King Institute of Preventive Medicine Bacteriolog. Section reports 1907-08
Year: 1907
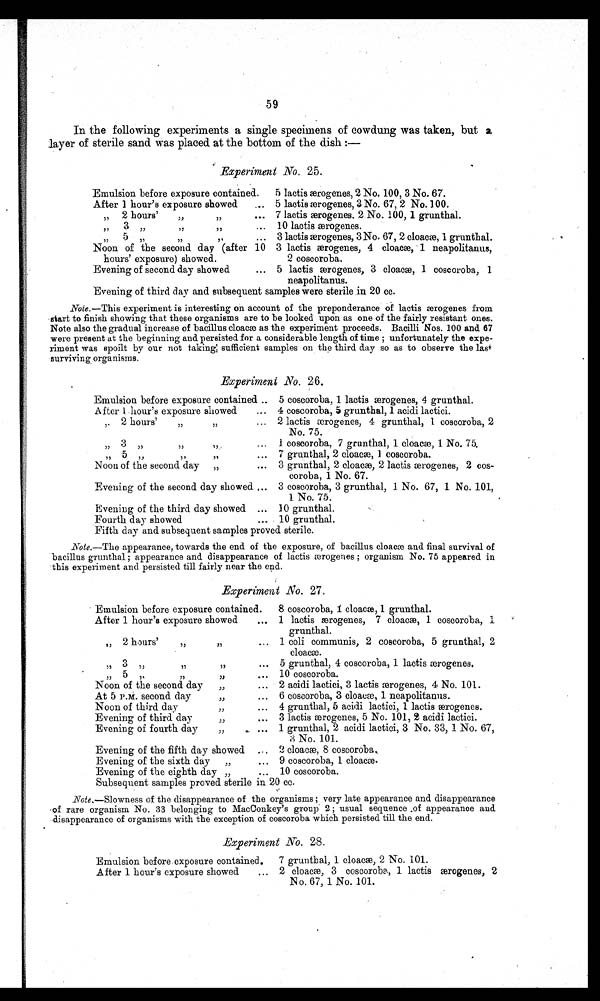
59
In the following experiments a single specimens of cowdung was taken, but a
layer of sterile sand was placed at the bottom of the dish :—
Experiment No. 25.
Emulsion before exposure contained.
5 lactis æærogenes, 2 No. 100, 3 No. 67.
After 1 hour's exposure showed
... 5 lactis ærogenes, 3 No. 67, 2 No.100.
„ 2 hours'
„
... 7 lactis æærogenes. 2 No. 100, 1 grunthal .
. . . 10 lactis æærogenes.
,,
,, ,,
,,
,,
,,
... 3 lactis æwrogenes, 3 No. 67, 2 cloace I grunthal.
Noon of the second day (after 10 3 lactis æærogenes, 4 cloacae, 1 neapolitanus,
hours' exposure) showed.
2 coscoroba.
Evening of second day showed
... 5 lactis ææ, 3 cloacae, 1 coscoroba, 1
neapolitanus.
Evening of third day and subsequent samples were sterile .in 20 cc.
Note.—This experiment is interesting on account of the preponderance of lactis æerogenes from
•start to finish showing that these organisms are to be looked upon as one of the fairly resistant ones.
Note also the gradual increase of bacillus cloacm as the experiment proceeds. Bacilli Nos. 100 and 67
were present at the beginning and persisted for a considerable length of time ; unfortunately the expe-
riment was spoilt by our not taking; sufficient samples on the third day so as to observe the las+
surviving organisms.
Experiment No. 26.
Emulsion before exposure contained .. 5 coscoroba, 1 lactis æaerogenes, 4 grunthal.
After 1 hour's exposure showed
... 4 coscoroba, 5 grunthal, 1 acidi lactici.
, ,
2 hours'
,,
,,
... 2 lactis 4 grungrunthal, 1 coscoroba, 2
No. 75.
.
3
... 1 coscoroba, 7 grunthal, 1 cloacae, 1 No. 75.
,,
,, 5 ,,
,,
,,
... 7 grunthal, 2 cloacae, 1 coscoroba.
.
Noon of the second day „
... 3 grunthal, 2 cloac, 2 lactis æærogenes, 2 cos-
coroba, 1 No. 67.
Evening of the second day showed ... 3 coscoroba, 3 grunthal, 1 No. 67, 1 No. 101,
1
No.
75.
Evening of the third day showed ... 10 grunthal.
Fourth day showed
... 10 grunthal.
Fifth day and subsequent samples proved sterile.
Note.—The appearance, towards the end of the exposure, of bacillus cloacae and final survival of
bacillus grunthal ; appearance and disappearance of lactis æærogenes ; organism No. 75 appeared in
'this experiment and persisted till fairly near the end.
Experiment No. 27.
Emulsion before exposure contained.
8 coscoroba, 1 cloaca, 1 grunthal.
After 1 hour's exposure showed
... 1 lactis æerogenes, 7 cloacw, 1 coscoroba, 1
•
grunthal.
,,
,,
, ,
,, 2 hours' ... 1 coli communis, 2 coscoroba, 5 grunthal, 2
•
cloacae. , ,
3 ,,
, , ,,
...
5 grunthal, 4 coscoroba, 1 lactis æærogenes.
5 „
10 coscoroba.
,,
Noon of the second day
,, ... 2 acidi lactici, 3 lactis æærogenes, 4 No. 101.
At 5 P.M. second day
,,
• . . 6 coscoroba, 3 1 neapolitanus.
Noon of third day
,,
... 4 grunthal, 5 acidi lactici, 1 lactis æ rogenes.
Evening of third day
,,
... 3 lactis æmrogenes, 5 No. 101, 2 acidi lactici.
•
Evening of fourth day
,,
... ... 1 grunthal, 2 acidi lactici, 3 No. 33, 1 No. 67,
Evening of the fifth day showed ... 2 cloacae, 8 coscoroba,
Evening of the sixth day „
.., 9 coscoroba, 1 cloacae.
Evening of the eighth clay „
... 10 coscoroba.
Subsequent samples proved sterile in 20 cc.
\ Note.—Slowness of the disappearance of the organisms ; very late appearance and disappearance
of rare organism No. 33 belonging to MacConkey's group 2 ; usual sequence .of appearance and
disappearance of organisms with the exception of coscoroba which persisted till the end.
Experiment No. 28.
Emulsion before exposure contained.
7 grunthal, 1 cloacw, 2 No. 101.
After 1 hour's exposure showed
... 2 cloacm, 3 coscoroba, 1 lactis
æærogenes, 2
No. 67, 1 No. 101.
•